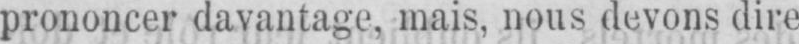
prononcer davantage, mais, nous devons dire